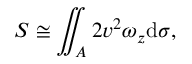
S \cong \iint _ { A } 2 v ^ { 2 } \omega _ { z } \mathrm { d } \sigma ,